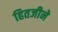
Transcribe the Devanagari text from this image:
हितजीने